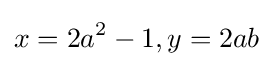
x=2a^{2}-1,y=2ab